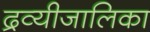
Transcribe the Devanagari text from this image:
द्रव्यीजालिका